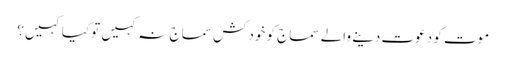
موت کو دعوت دینے والے سماج کو خودکش سماج نہ کہیں تو کیا کہیں؟